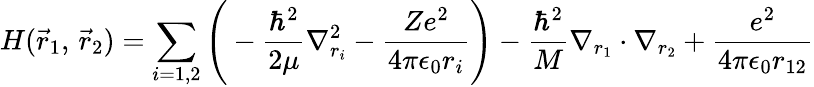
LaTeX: H({\vec{r}}_{1},\, {\vec{r}}_{2})=\sum_{i=1,2}{\Bigg(}-{\frac{\hbar^{2}}{2\mu}}\nabla_{r_{i}}^{2}-{\frac{Ze^{2}}{4\pi\epsilon_{0}r_{i}}}{\Bigg)}-{\frac{\hbar^{2}}{M}}\nabla_{r_{1}}\cdot\nabla_{r_{2}}+{\frac{e^{2}}{4\pi\epsilon_{0}r_{12}}}